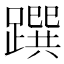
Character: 䠣